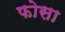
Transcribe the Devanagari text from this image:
फोसा